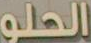
الحلو